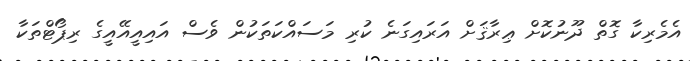
އެމެރިކާ ގޮތް ދޫނުކޮށް ޢިރާޤަށް އަރައިގަނެ ކުރި މަސައްކަތަކުން ވެސް އައިއީއޭއީގެ ރިޕޯޓްތަކާ